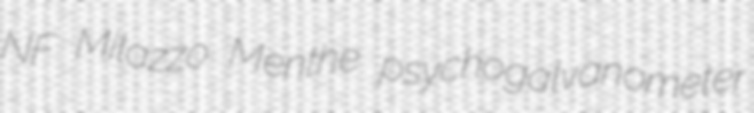
NF Milazzo Menthe psychogalvanometer